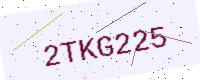
Text: 2TKG225